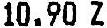
10.90 Z